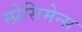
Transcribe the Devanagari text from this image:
स्प्रेसिमेन्स